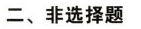
二、非选择题